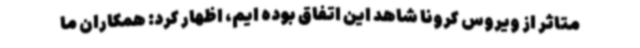
متاثر از ویروس کرونا شاهد این اتفاق بوده ایم، اظهار کرد: همکاران ما